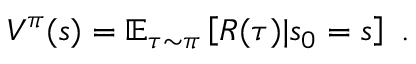
V ^ { \pi } ( s ) = \mathbb { E } _ { \tau \sim \pi } \left[ R ( \tau ) | s _ { 0 } = s \right] \mathrm { ~ } .